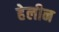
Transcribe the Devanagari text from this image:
हेलीन